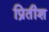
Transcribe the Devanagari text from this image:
प्रितीश